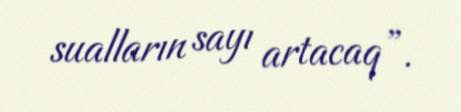
sualların sayı artacaq”.